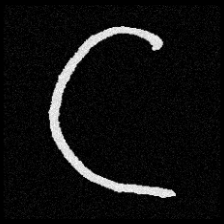
Pyu character \u2014 Myanmar letter: ဋ (romanized: tta)